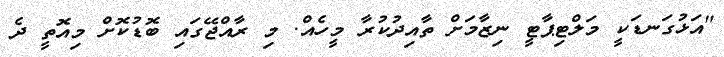
"އަޅުގަނޑަކީ މަލްޓިޕާޓީ ނިޒާމަށް ތާއިދުކުރާ މީހެއް. މި ރާއްޖޭގައި ބޮޑުކޮށް މިއޮތީ ދެ